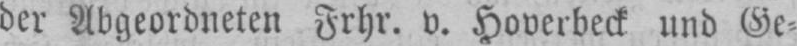
der Abgeordneten Frhr. v. Hoverbeck und Ge⸗